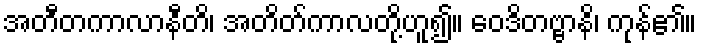
အတီတကာလာနီတိ၊ အတိတ်ကာလတို့ဟူ၍။ ဝေဒိတဗ္ဗာနိ၊ ကုန်၏။